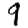
Digit: 9